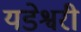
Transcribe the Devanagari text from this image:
यडेश्वरी